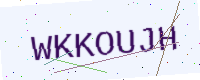
Text: WKKOUJH